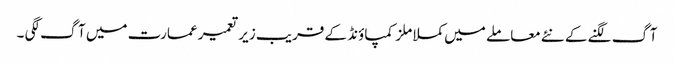
آگ لگنے کے نئے معاملے میں کملا ملز کمپاؤنڈ کے قریب زیر تعمیر عمارت میں آگ لگی ۔